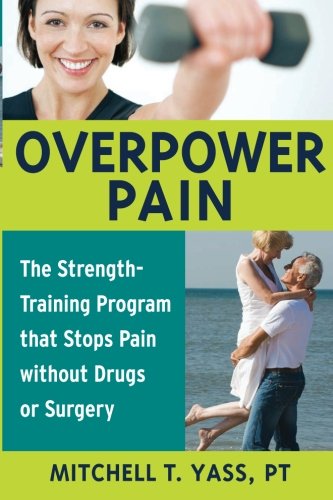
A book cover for Overpower Pain: The Strength-Training Program that Stops Pain without Drugs or Surgery; Mitchell T. Yass; Health, Fitness & Dieting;